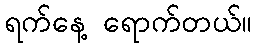
ရက်နေ့ ရောက်တယ်။